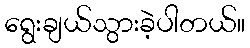
ရွေးချယ်သွားခဲ့ပါတယ်။